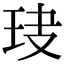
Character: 𤤏